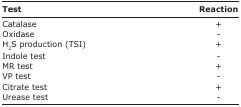
<table><thead><tr><td><b>Test</b></td><td><b>Reaction</b></td></tr></thead><tbody><tr><td>Catalase</td><td>+</td></tr><tr><td>Oxidase</td><td>-</td></tr><tr><td>H<sub>2</sub>S production (TSI)</td><td>+</td></tr><tr><td>Indole test</td><td>-</td></tr><tr><td>MR test</td><td>+</td></tr><tr><td>VP test</td><td>-</td></tr><tr><td>Citrate test</td><td>+</td></tr><tr><td>Urease test</td><td>-</td></tr></tbody></table>